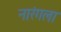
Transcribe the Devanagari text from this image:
नारंगला